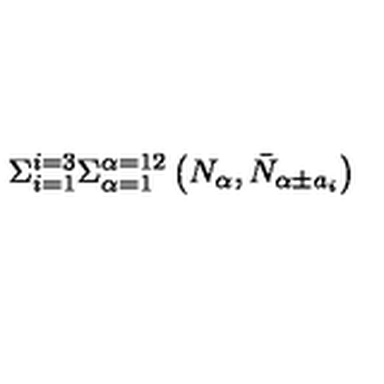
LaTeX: \Sigma _ { i = 1 } ^ { i = 3 } \Sigma _ { \alpha = 1 } ^ { \alpha = 1 2 } \left( N _ { \alpha } , \bar { N } _ { \alpha \pm a _ { i } } \right)